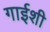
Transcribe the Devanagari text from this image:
गाईशी